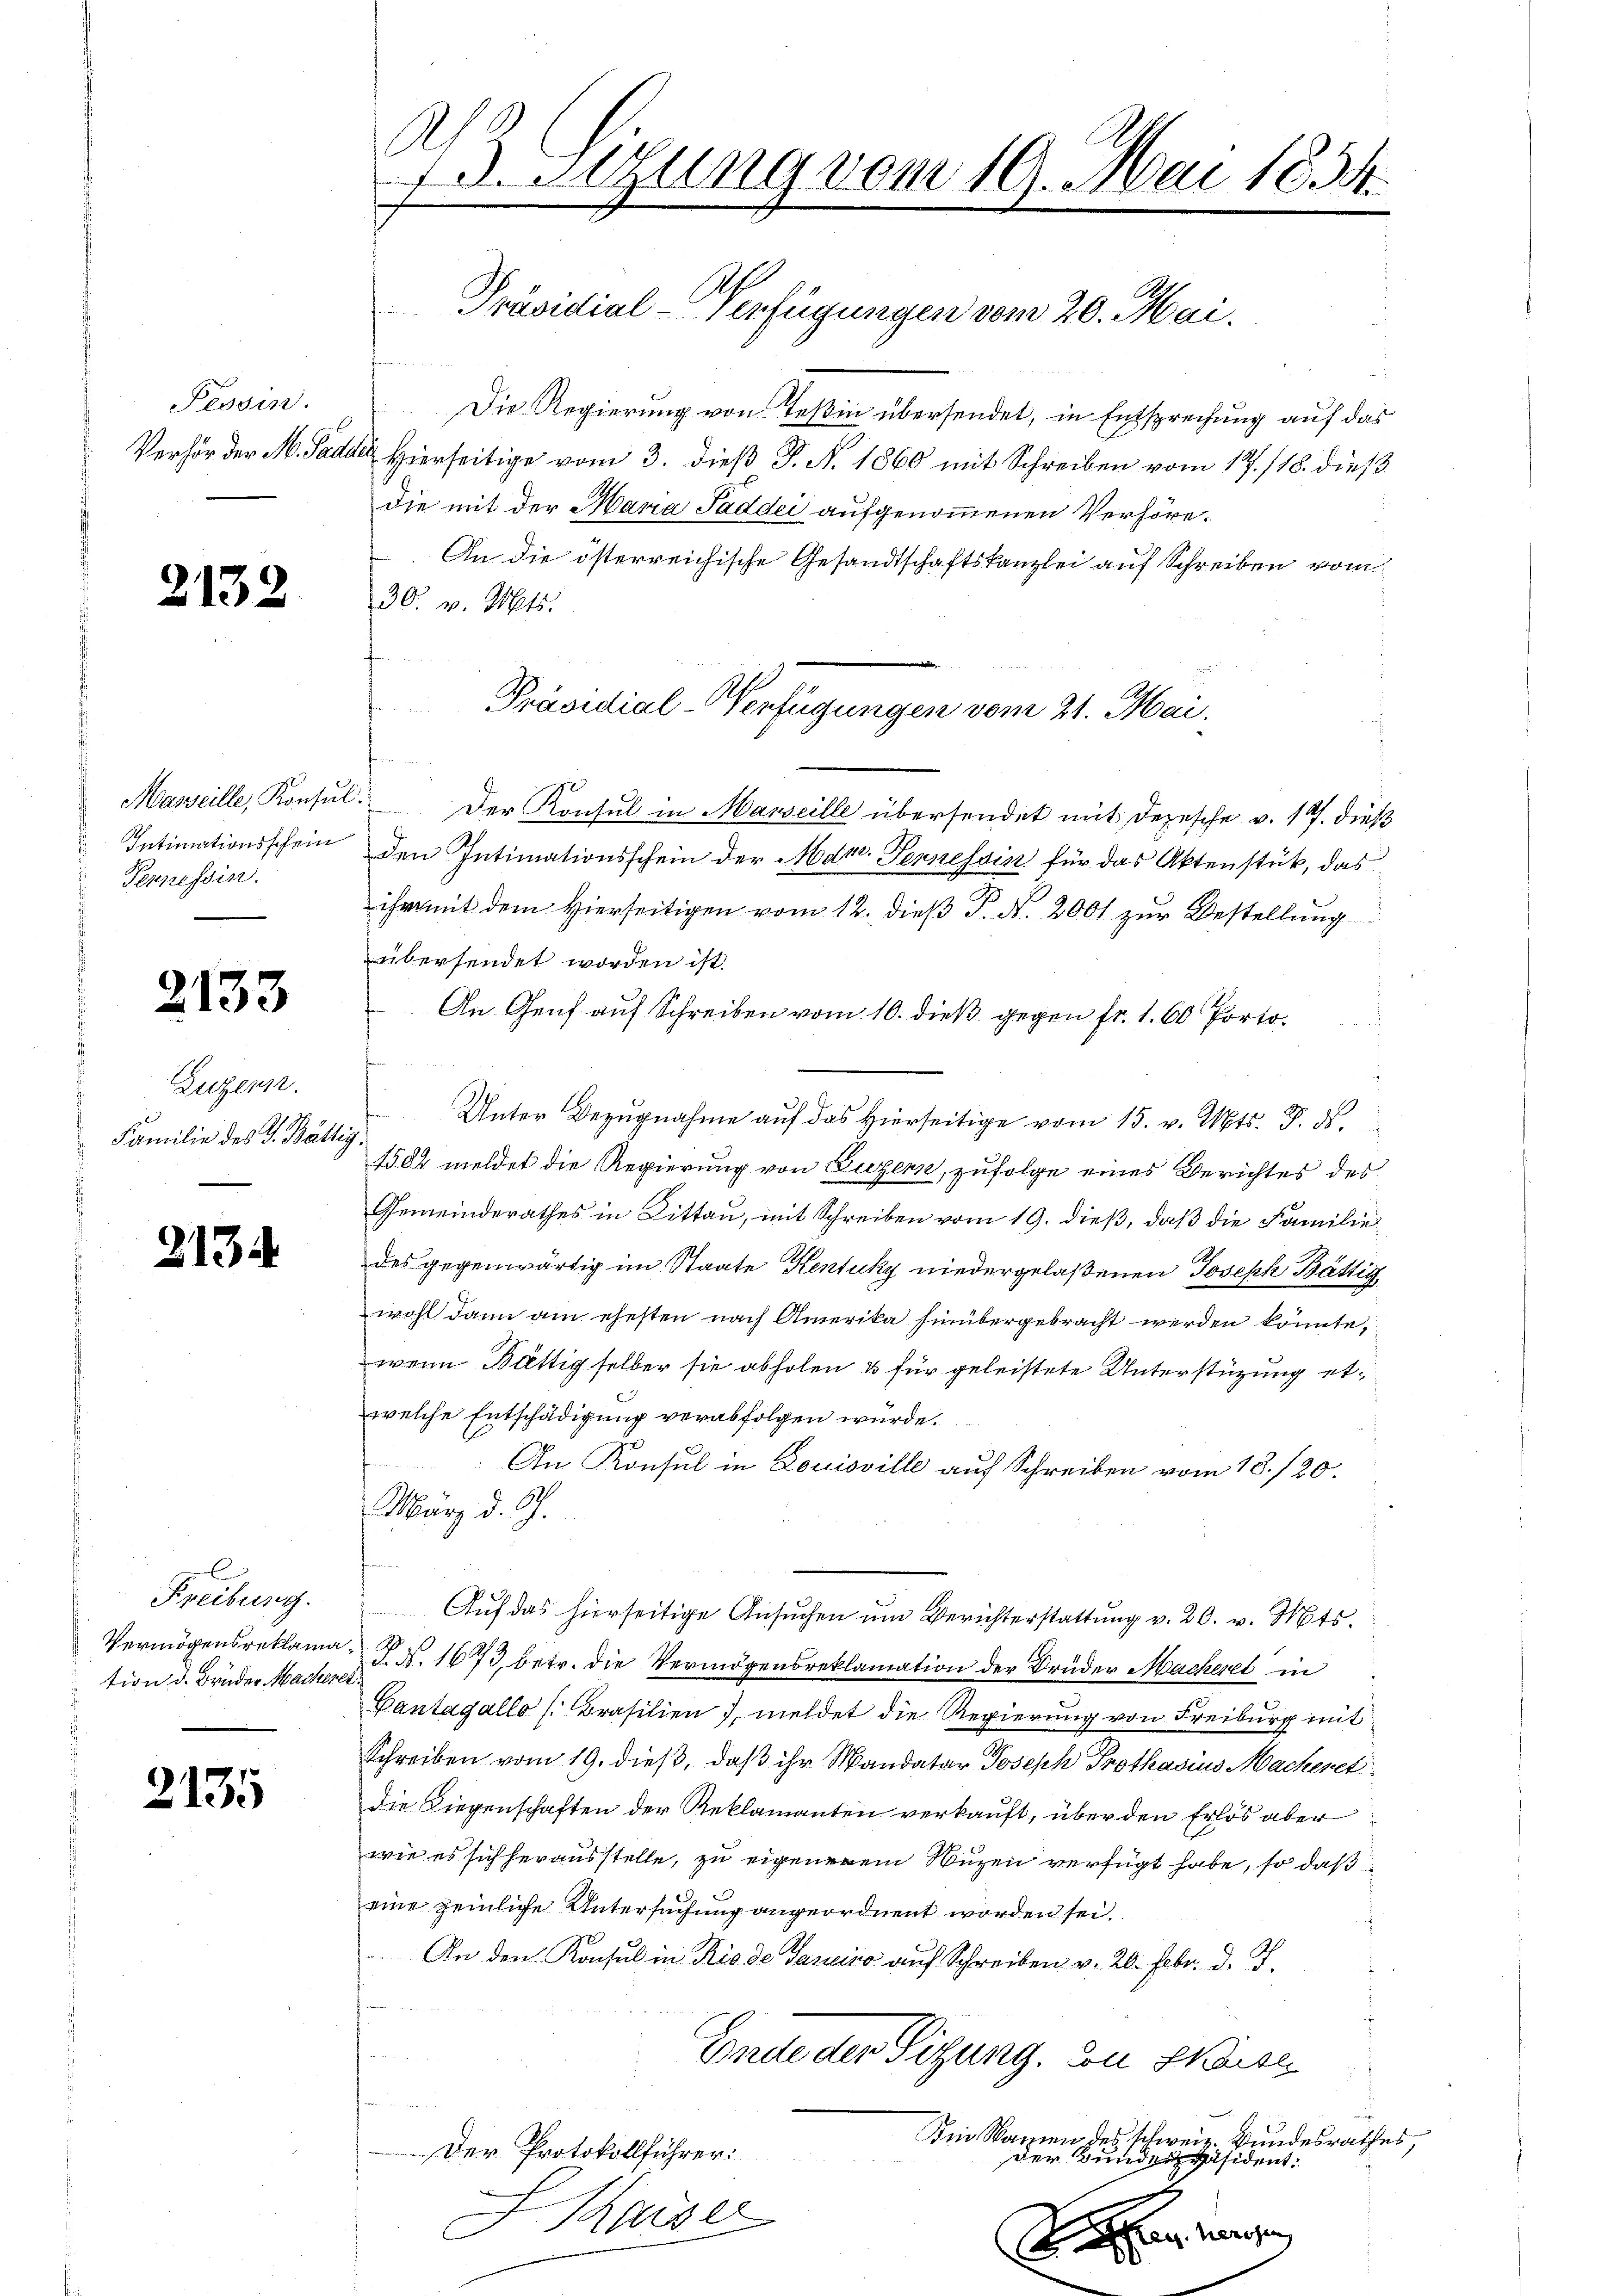
Tessin.

2132.

Pepressin.

2133

Luzern.
Familie des V. Bättig

2134

Freiburg.
Vermögensreklama
tion d. Bruder Macher

2135

A
73. Sitzung vom 19. Mai 1834.

A
Präsidial-Verfügungen vom 20. Mai.

Präsidial-Verfügungen vom 21. Mai.

Die Regierung von Teßin übersendet, in Entsprechung auf das
Verhör der M. Pader Hierseitige vom 3. dieß P. N. 1860 mit Schreiben vom 17./18. dieß
die mit der Mana Saddei aufgenommenen Verhöre¬
An die österreichische Gesandtschaftskanzlei auf Schreiben vom
26. v. Mts.
Marseille, Konsŭl. Der Konsul in Masseille übersendet mit Depesche v. 19. dieß
Intimationsschein den Intimationsschein der Mart. Fernessin für das Aktenstück, das
ihm mit dem Hierseitigen vom 12. dieß P. Nr. 2001 zur Bestellung
übersendet worden ist.
An Genf auf Schreiben vom 10. dieß gegen fr. 1. 60 Porto¬
Unter Bezugnahme auf das Hierseitige vom 15. v. Mts. Z. ds.
1504 meldet die Regierung von Luzern, zufolge eines Berichtes des
Gemeinderathes in Littau, mit Schreiben vom 19. dieß, daß die Familie
des gegenwärtig im Staate Kentuky niedergelaßenen Joseph Bättig
wohl dann am ehesten nach Amerika hinübergebracht werden könnte,
wenn Bättig selber sie abholen & für geleistete Unterstüzung etwelche Entschädigung verabfolgen wurde.
An Konsul in Louisville auf Schreiben vom 13./20.
März d. J.
Auf das hierseitige Ansuchen um Berichterstattung v. 20. v. Mts.
T. N. 1673, betr. die Vermögensreklamation der Brüder Macheret in
Pantagallo [Brasilien, meldet die Regierung von Freiburg mit
Schreiben vom 19. dieß, daß ihr Mandatar Joseph Prothasius Macheret
die Liegenschaften der Reklamanten verkauft, über den Erlös aber
wie es sich herausstelle, zu eigenerem Nuzen verfügt habe, so daß
eine peinliche Untersuchung angeordnent worden sei.
. An den Konsul in Rio de Garuino auf Schreiben v. 20. Febr. d. J.
Ende der Sitzung. Von Kaise
Dei Namen des schweiz. Bundesrathes,
Der Protokollführer:
der Bunderpräsident.
Kaiser
G
Sachen Kaisen,